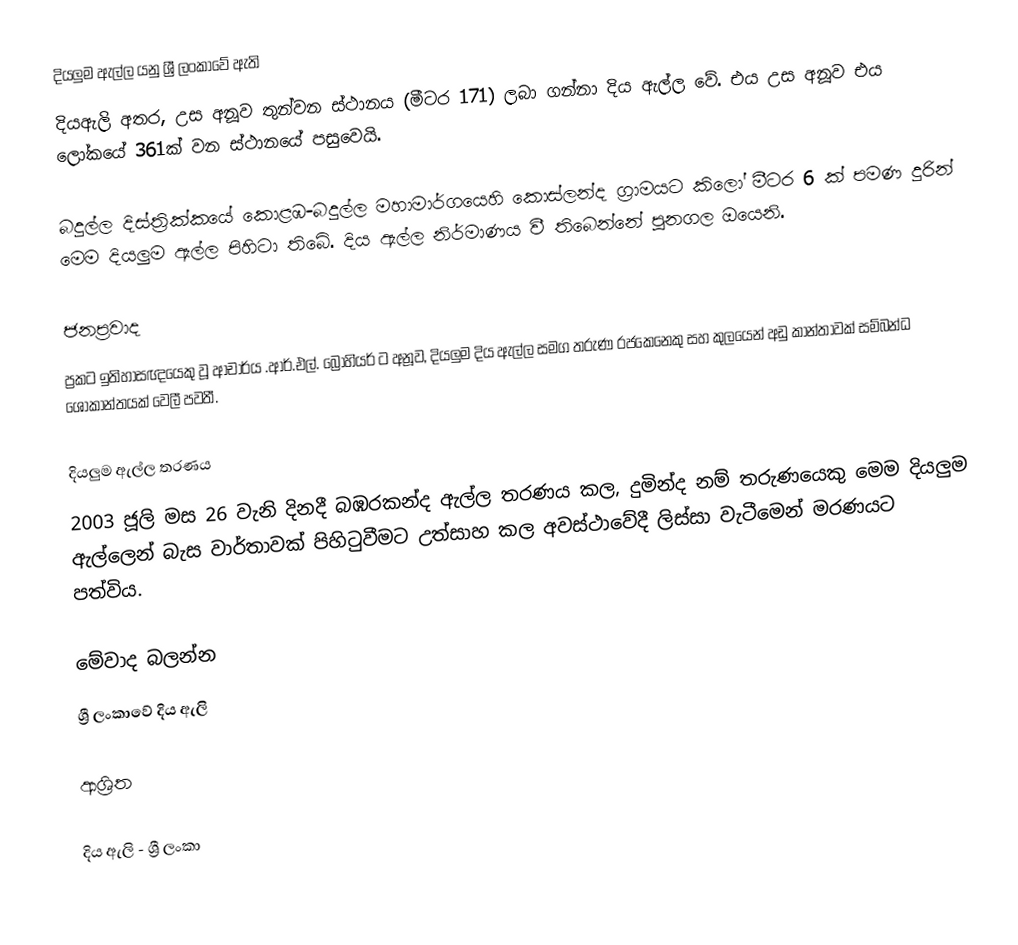
දියලුම ඇල්ල යනු ශ්‍රී ලංකාවේ ඇති
 දියඇලි අතර, උස අනූව තුන්වන ස්ථානය (මීටර 171) ලබා ගන්නා දිය ඇල්ල වේ. එය උස අනූව එය ලෝකයේ 361ක් වන ස්ථානයේ පසුවෙයි.

බදුල්ල දිස්ත්‍රික්කයේ කොළඹ-බදුල්ල මහාමාර්ගයෙහි කොස්ලන්ද ග්‍රාමයට කිලෝ මීටර 6 ක් පමණ දුරින් මෙම දියලුම ඇල්ල පිහිටා තිබේ. දිය ඇල්ල නිර්මාණය වී තිබෙන්නේ පූනගල ඔයෙනි.

ජනප්‍රවාද
ප්‍රකට ඉතිහාසඥයෙකු වූ ආචාර්ය .ආර්.එල්. බ්‍රොහියර් ට අනූව, දියලුම දිය ඇල්ල සමග තරුණ රජකෙනෙකු සහ කුලයෙන් අඩු කාන්තාවක් සම්බන්ධ ශෝකාන්තයක් වෙලී පවතී.

දියලුම ඇල්ල තරණය
2003 ජූලි මස 26 වැනි දිනදී බඹරකන්ද ඇල්ල තරණය කල, දුමින්ද නම් තරුණයෙකු මෙම දියලුම ඇල්ලෙන් බැස වාර්තාවක් පිහිටුවීමට උත්සාහ කල අවස්ථාවේදී ලිස්සා වැටීමෙන් මරණයට පත්විය.

මේවාද බලන්න
 ශ්‍රී ලංකාවේ දිය ඇලි

ආශ්‍රිත

දිය ඇලි - ශ්‍රී ලංකා